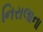
નિરાલાના